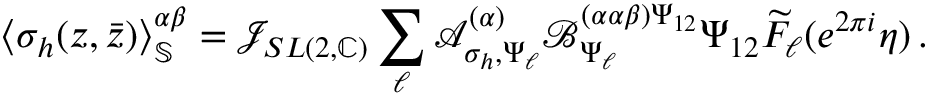
\langle \sigma _ { h } ( z , \bar { z } ) \rangle _ { \mathbb { S } } ^ { \alpha \beta } = \mathcal { J } _ { S L ( 2 , \mathbb { C } ) } \sum _ { \ell } \mathcal { A } _ { \sigma _ { h } , \Psi _ { \ell } } ^ { ( \alpha ) } \mathcal { B } _ { \Psi _ { \ell } } ^ { ( \alpha \alpha \beta ) \Psi _ { 1 2 } } { \Psi _ { 1 2 } } \widetilde { \cal F } _ { \ell } ( e ^ { 2 \pi i } \eta ) \, .